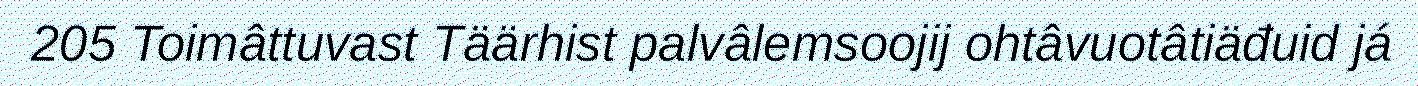
205 Toimâttuvast Täärhist palvâlemsoojij ohtâvuotâtiäđuid já